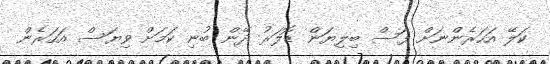
ކަލޭ އަހަރެންނަށް ފަސް ބިލިޔަން ޑޮލަރު ދޭން ބުނި ކަމަށް ވިޔަސް އަހަރެން